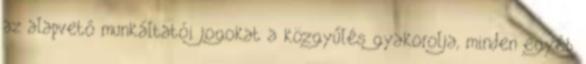
az alapvető munkáltatói jogokat a közgyűlés gyakorolja, minden egyéb